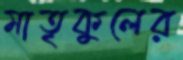
মাতৃকুলের